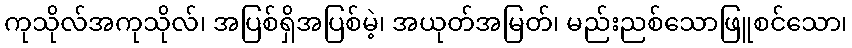
ကုသိုလ်အကုသိုလ်၊ အပြစ်ရှိအပြစ်မဲ့၊ အယုတ်အမြတ်၊ မည်းညစ်သောဖြူစင်သော၊